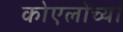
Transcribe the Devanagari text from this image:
कोएलोंच्या